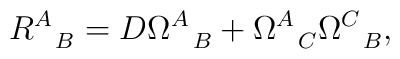
R^A_{~~B} = D\Omega^A_{~~B} + \Omega^A_{~~C} \Omega^C_{~~B},